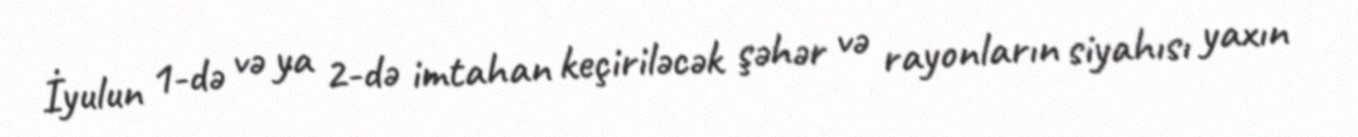
İyulun 1-də və ya 2-də imtahan keçiriləcək şəhər və rayonların siyahısı yaxın